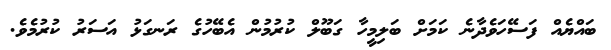
ބައްޔެއް ފަސޭހަވެދާނެ ކަމަށް ބަލިމީހާ ގަބޫލް ކުރުމުން އެބޭހުގެ ރަނގަޅު އަސަރު ކުރުމެވެ.